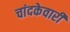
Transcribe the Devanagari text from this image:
चांदकेवारी